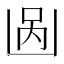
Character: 𱐎